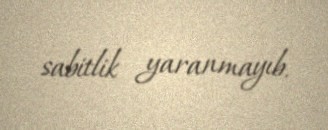
sabitlik yaranmayıb.